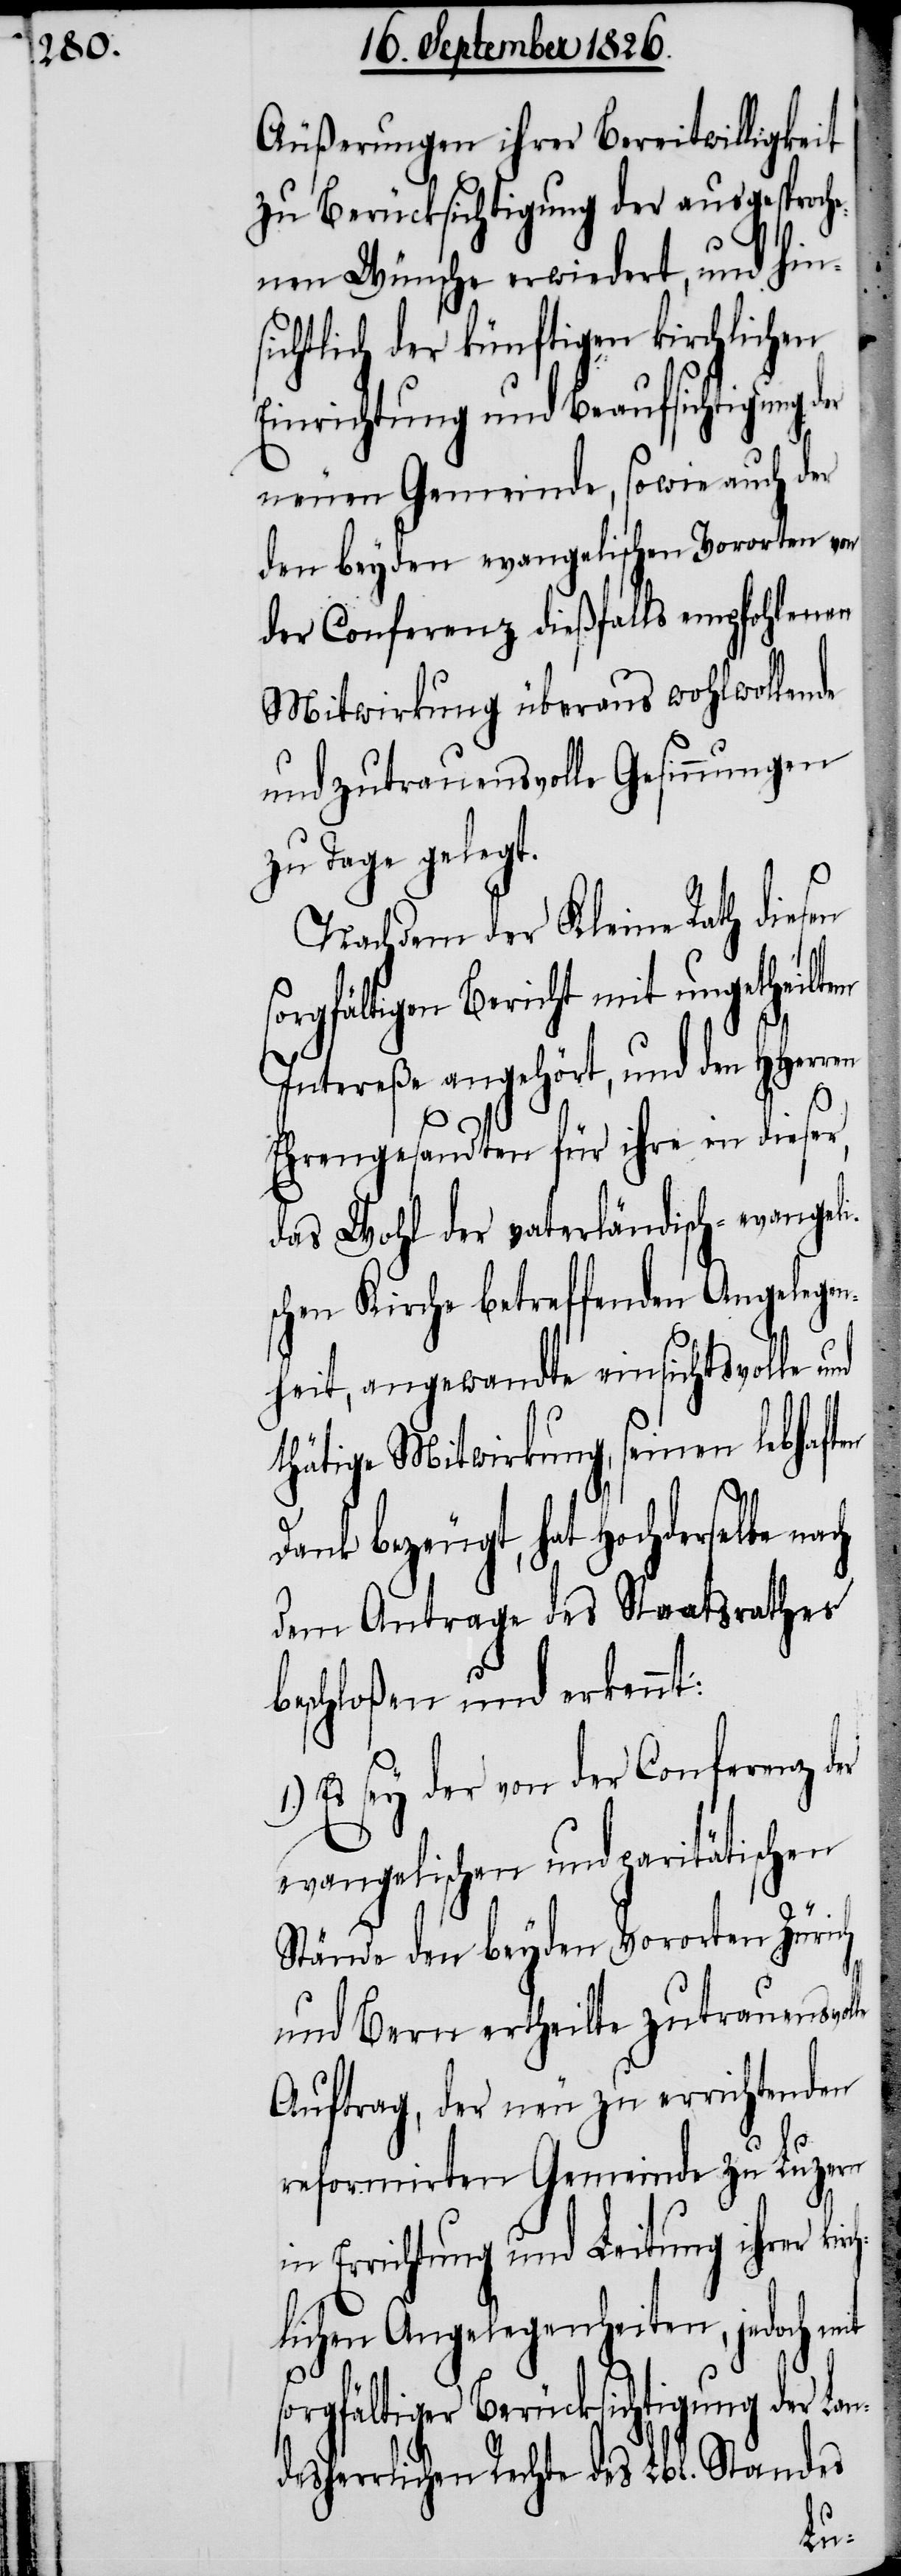
Äußerungen ihrer Bereitwilligkeit
zu Berücksichtung der ausgesproch¬
enen Wünsche erwiedert, und hins¬
ichtlich der künftigen kirchlichen
Einrichtung und Beaufsichtigung d¬
neuen Gemeinde, sowie auch der
den beyden evangelischen Vororten von
der Conferenz dießfalls empfohlenen
Mitwirkung überaus wohlwollen¬
und zutrauensvolle Gesinnungen
zu Tage gelegt.
Nachdem der Kleine Rath diesen
orgfältigen Bericht mit ungetheilt¬
Intereße angehört, und den HHerr¬
Ehrengesandten für ihre in dieser,
das Wohl der vaterländisch-evangeli¬
schen Kirche betreffenden Angeleg¬
heit, angewandte einsichtsvolle und
thätige Mitwirkung, seinen lebhaf¬
Dank bezeugt, hat Hochderselbe
dem Antrage des Staatsrathes
beschloßen und erkennt:
Es sey der von der Conferenz der
evangelischen und paritätischen
Stände den beyden Vororten Zürich
und Bern ertheilte zutrauensvol¬
Auftrag, der neu zu errichtenden
reformirten Gemeinde zu Luzern
ten
in Errichtung und Leitung ihrer ki¬
lichen Angelegenheiten, jedoch mit
so¬
rgfältiger Berücksichtigung der
le
Rechte